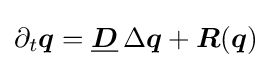
\partial _{t}{\boldsymbol {q}}={\underline {\boldsymbol {D}}}\,\Delta {\boldsymbol {q}}+{\boldsymbol {R}}({\boldsymbol {q}})